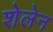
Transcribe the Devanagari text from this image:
शेलेन